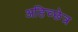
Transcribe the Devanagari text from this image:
अहिच्छेत्र